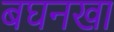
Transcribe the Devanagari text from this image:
बघनखा